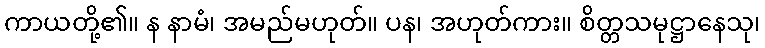
ကာယတို့၏။ န နာမံ၊ အမည်မဟုတ်။ ပန၊ အဟုတ်ကား။ စိတ္တသမုဋ္ဌာနေသု၊